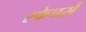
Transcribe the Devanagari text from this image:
स्केचर्स